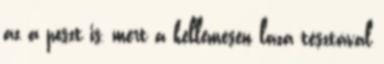
az a poszt is, mert a kellemesen laza tésztával